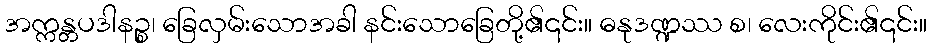
အက္ကန္တပဒါနဉ္စ၊ ခြေလှမ်းသောအခါ နင်းသောခြေတို့၏၎င်း။ ဓနုဒဏ္ဍဿ စ၊ လေးကိုင်း၏၎င်း။